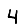
Digit: 4